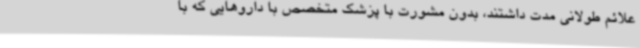
علائم طولانی مدت داشتند، بدون مشورت با پزشک متخصص با داروهایی که با